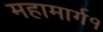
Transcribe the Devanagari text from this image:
महामार्ग१